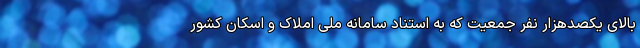
بالای یکصدهزار نفر جمعیت که به استناد سامانه ملی املاک و اسکان کشور